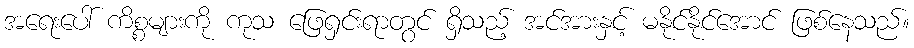
အရေးပေါ် ကိစ္စများကို ကုသ ဖြေရှင်းရာတွင် ရှိသည့် အင်အားနှင့် မနိုင်နိုင်အောင် ဖြစ်နေသည်။